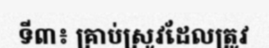
ទី៣៖ គ្រាប់ស្រូវដែលត្រូវ